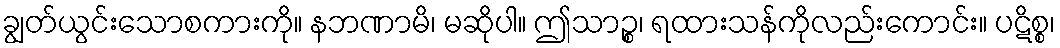
ချွတ်ယွင်းသောစကားကို။ နဘဏာမိ၊ မဆိုပါ။ ဤသာဉ္စ၊ ရထားသန်ကိုလည်းကောင်း။ ပဋိစ္စ၊